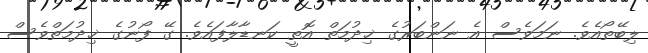
ލިބޭތޯއެވެ. ނަމަވެސް އެ ނަންބަރުގެ ޚިދުމަތް އޮތީ ކަނޑާލާފައެވެ. ގޭ ފޯނުގެ ޚިދުމަތްވެސް